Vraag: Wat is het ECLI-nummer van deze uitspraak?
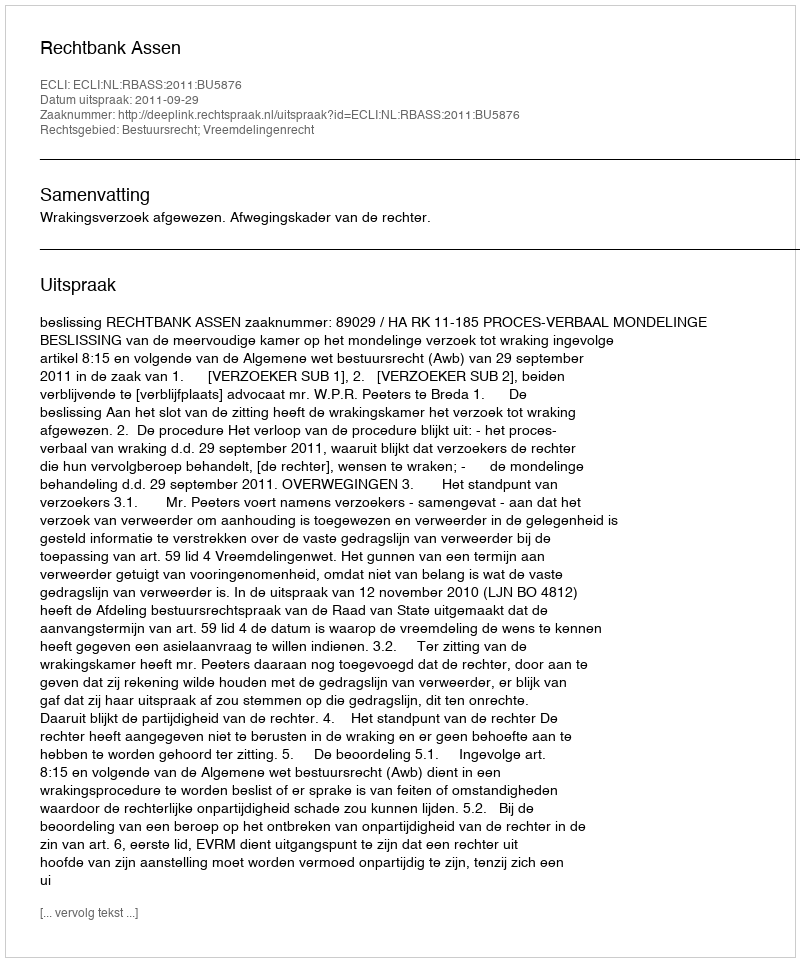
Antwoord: ECLI:NL:RBASS:2011:BU5876